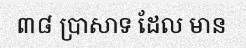
៣៨ ប្រាសាទ ដែល មាន